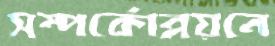
সম্পর্কোন্নয়নে